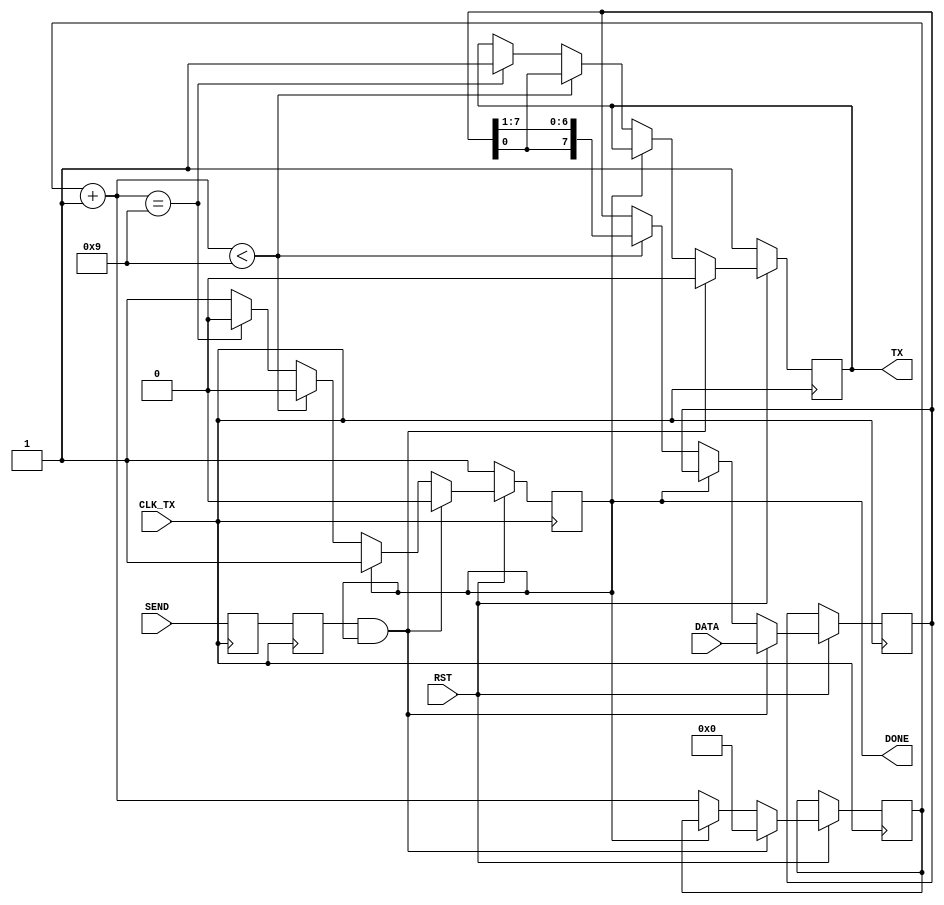
   //////////////////////////////////////////////////////////////////////////////////
//
// Wirtualny komponent nadajnik portu UART
//
// (C) 2009 Zbigniew Hajduk
// http://zh.prz-rzeszow.pl
// 
//
// Ten kod rdowy moe podlega wolnej redystrybucji i/lub modyfikacjom 
// na oglnych zasadach okrelonych licencj GNU General Public License.
//
// Autor wyraa nadziej, e kod wirtualnego komponentu bdzie uyteczny
// jednak nie udziela ADNEJ GWARANCJI dotyczcej jego sprawnoci
// oraz przydatnoci dla partykularnych zastosowa.
//
////////////////////////////////////////////////////////////////////////////////// 


module SERIAL_TX(input CLK_TX,RST,SEND,
                 output TX,DONE,
                 input [7:0] DATA);

(* INIT = "1" *) reg tx_;
(* INIT = "1" *) reg done_;
reg [3:0] cnt;
wire [3:0] ncnt;
reg [7:0] tx_data;
reg send_sync1,send_sync2;

assign ncnt=cnt+1; //(1)

always @(posedge CLK_TX) //(2)
begin
 send_sync1<=SEND;
 send_sync2<=send_sync1;
end

always @(posedge CLK_TX)
 if(~RST) begin done_<=1'b1; tx_<=1'b1; end
 else
 begin
  if (send_sync2&done_)
  begin
    done_<=1'b0; cnt<=4'd0; tx_<=1'b0; tx_data<=DATA; //(3)
  end
  else
  begin
    if(~done_)
    begin
     cnt<=ncnt;
     if(ncnt<9)
     begin
      tx_<=tx_data[0]; //(4)
      tx_data<={tx_data[0],tx_data[7:1]}; //(5)
     end
     else
     if(ncnt==4'd9) tx_<=1'b1; //(6)
     else done_<=1'b1;
    end
  end 
 end

assign TX=tx_;
assign DONE=done_;

endmodule